Indian journal of veterinary science and animal husbandry - Volumes 24-25, 1954-1955
Year: 1954
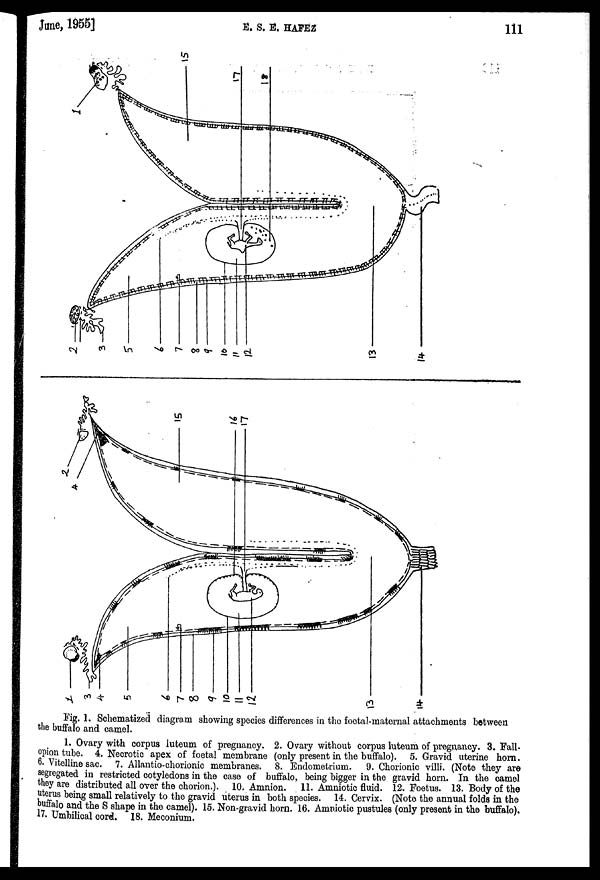
June, 1955]
E. S. E.
HAFEZ
111
Fig. 1. Schematized diagram showing species differences in the foetal-maternal attachments between
the buffalo and camel.
1. Ovary with corpus luteum of pregnancy. 2. Ovary without corpus luteum of pregnancy. 3. Fall-
opion tube. 4. Necrotic apex of foetal membrane (only present in the buffalo). 5. Gravid uterine horn.
6. Vitelline sac. 7. Allantio-chorionic membranes. 8. Endometrium. 9. Chorionic villi. (Note they are
segregated in restricted cotyledons in the case of buffalo, being bigger in the gravid horn. In the camel
they are distributed all over the chorion.). 10. Amnion. 11. Amniotic fluid. 12. Foetus. 13. Body of the
uterus being small relatively to the gravid uterus in both species. 14. Cervix. (Note the annual folds in the
buffalo and the S shape in the camel). 15. Non-gravid horn. 16. Amniotic pustules (only present in the buffalo).
17. Umbilical cord. 18. Meconium.